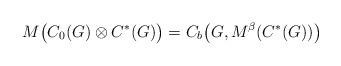
LaTeX: \begin{align*}M\bigl(C_0(G)\otimes C^*(G)\bigr)=C_b\bigl(G,M^\beta(C^*(G))\bigr)\end{align*}